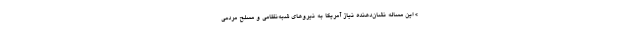
» این مساله نشان‌دهنده نیاز آمریکا به نیروهای شبه‌نظامی و مسلح مردمی